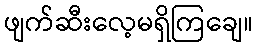
ဖျက်ဆီးလေ့မရှိကြချေ။